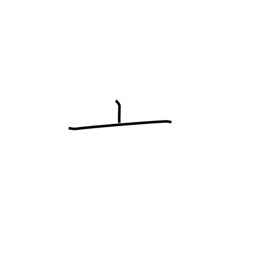
Meaning: kettle lid radical (no. 8)